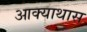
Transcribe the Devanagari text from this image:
आक्याथास